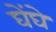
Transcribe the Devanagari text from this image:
घेंघे